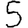
Digit: 5